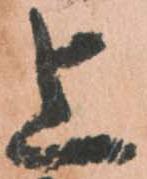
上